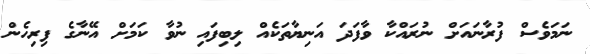
ނަމަވެސް ފުރާނައަށް ނުރައްކާ ވާފަދަ އަނިޔާތަކެއް ލިބިފައި ނުވާ ކަމަށް އޭނާގެ ފިރިހެން